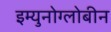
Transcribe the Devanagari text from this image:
इम्युनोग्लोबीन